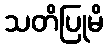
သတိပြုမိ